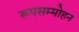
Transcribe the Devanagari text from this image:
रूपसम्मोहन